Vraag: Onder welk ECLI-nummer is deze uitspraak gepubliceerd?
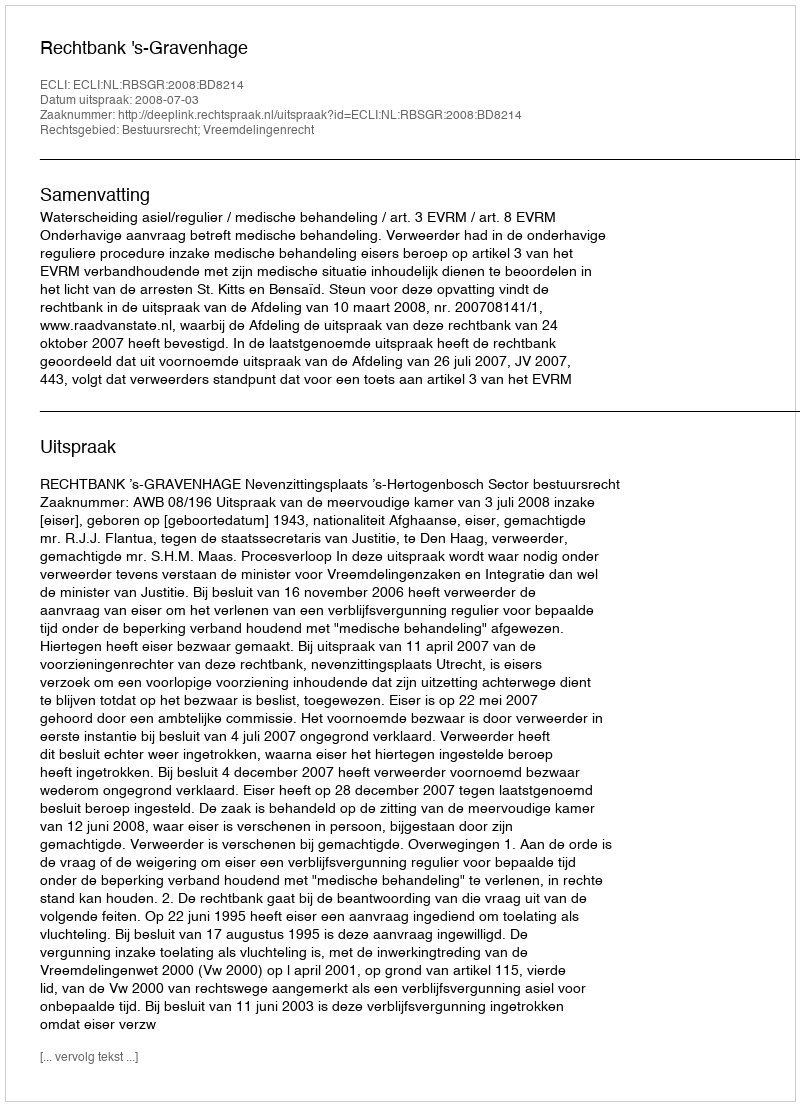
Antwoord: ECLI:NL:RBSGR:2008:BD8214